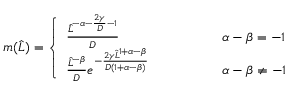
\begin{array} { r } { m ( \widehat { L } ) = \left\{ \begin{array} { l l } { \frac { \widehat { L } ^ { - \alpha - \frac { 2 \gamma } { D } - 1 } } { D } \qquad \qquad } & { \ \alpha - \beta = - 1 } \\ { \frac { \widehat { L } ^ { - \beta } } { D } e ^ { - \frac { 2 \gamma \widehat { L } ^ { 1 + \alpha - \beta } } { D ( 1 + \alpha - \beta ) } } \qquad \qquad } & { \ \alpha - \beta \neq - 1 } \end{array} \right. } \end{array}